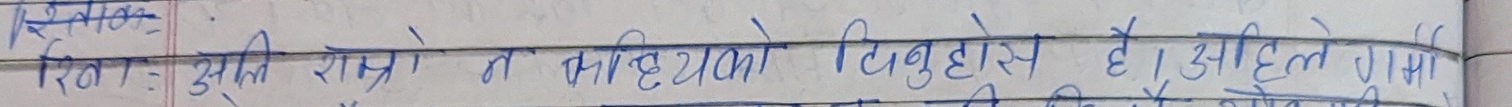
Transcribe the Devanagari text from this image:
रित्त :- सूक्ति राम्रो नै ब्यक्तिको बिभुहोस है। साहित्य गुम्सी र